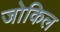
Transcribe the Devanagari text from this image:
जोकिल